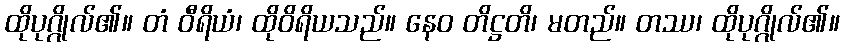
ထိုပုဂ္ဂိုလ်၏။ တံ ဝီရိယံ၊ ထိုဝိရိယသည်။ နေဝ တိဋ္ဌတိ၊ မတည်။ တဿ၊ ထိုပုဂ္ဂိုလ်၏။